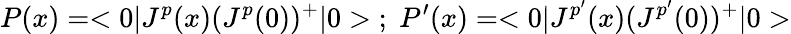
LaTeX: P(x)=<0|J^{p}(x)(J^{p}(0))^{+}|0>\; ;\; P^{\prime}(x)=<0|J^{p^{\prime}}(x)(J^{p^{\prime}}(0))^{+}|0>